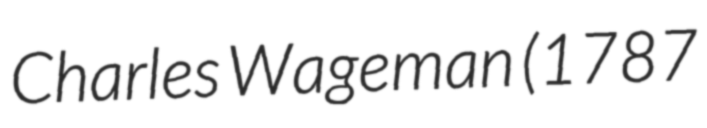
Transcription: Charles Wageman (1787